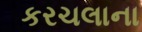
કરચલાના